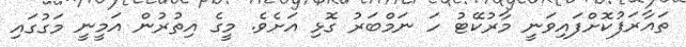
ތައާރަފުކޮށްފައިވަނީ މާރުކޭޓު ހަ ނަމްބަރު ގޮޅި އަށެވެ. މީގެ އިތުރުން އަމީނީ މަގުގައި